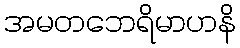
အမတဘေရိမာဟနိ